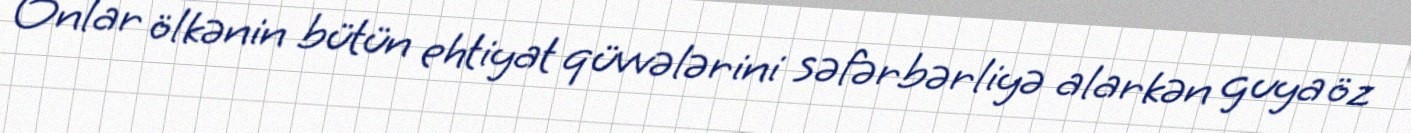
Onlar ölkənin bütün ehtiyat qüvvələrini səfərbərliyə alarkən guya öz